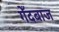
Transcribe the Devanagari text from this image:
गेँदबाज